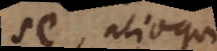
se, alioqui